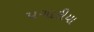
પગારીયા